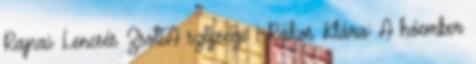
Rajnai Lencsés ZsoltA szépsége 1 Rákos Klára: A hóember